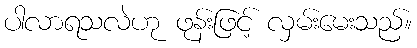
ပါလာရသလဲဟု ဖုန်းဖြင့် လှမ်းမေးသည်။